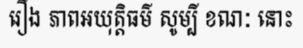
រឿង ភាពអយុត្តិធម៌ សូម្បី ខណៈ នោះ